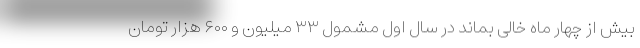
بیش از چهار ماه خالی بماند در سال اول مشمول ۳۳ میلیون و ۶۰۰ هزار تومان